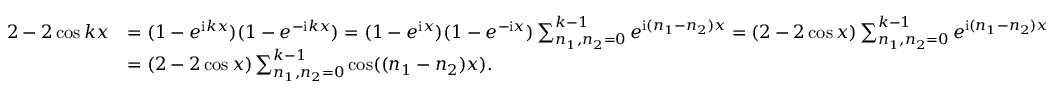
\begin{array} { r l } { 2 - 2 \cos k x } & { = ( 1 - e ^ { \mathrm { i } k x } ) ( 1 - e ^ { - \mathrm { i } k x } ) = ( 1 - e ^ { \mathrm { i } x } ) ( 1 - e ^ { - \mathrm { i } x } ) \sum _ { n _ { 1 } , n _ { 2 } = 0 } ^ { k - 1 } e ^ { \mathrm { i } ( n _ { 1 } - n _ { 2 } ) x } = ( 2 - 2 \cos x ) \sum _ { n _ { 1 } , n _ { 2 } = 0 } ^ { k - 1 } e ^ { \mathrm { i } ( n _ { 1 } - n _ { 2 } ) x } } \\ & { = ( 2 - 2 \cos x ) \sum _ { n _ { 1 } , n _ { 2 } = 0 } ^ { k - 1 } \cos ( ( n _ { 1 } - n _ { 2 } ) x ) . } \end{array}